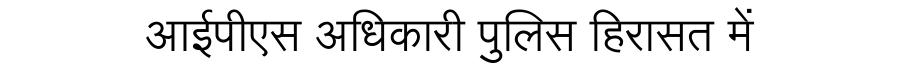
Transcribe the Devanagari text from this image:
आईपीएस अधिकारी पुलिस हिरासत में